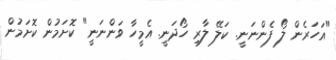
"އަހަރެން ލޯ ފެންނަނީ. ކަލޭ ލާރި ހޯދަނީ. އެމީހާ ވަންނަނީ" ކޮށަމުން ކޮށަމުން